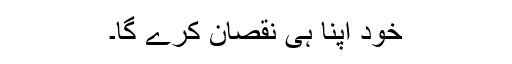
خود اپنا ہی نقصان کرے گا۔